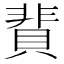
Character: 䩀